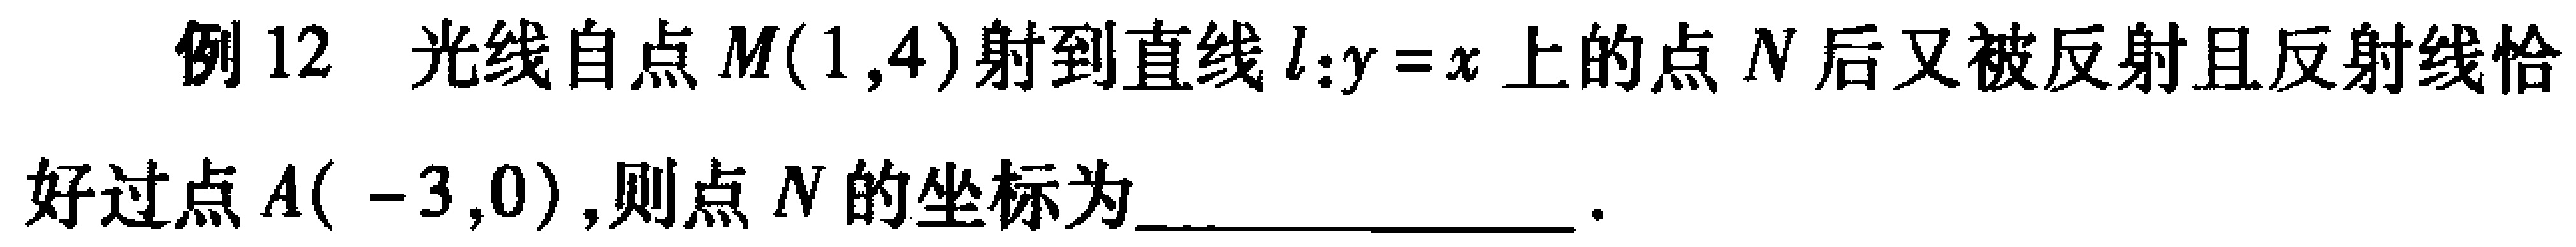
例12 光线自点\(M(1,4)\)射到直线\(l:y = x\)上的点\(N\)后又被反射且反射线恰好过点\(A(-3,0)\)，则点\(N\)的坐标为________________．